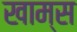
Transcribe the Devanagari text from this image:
खाम्स